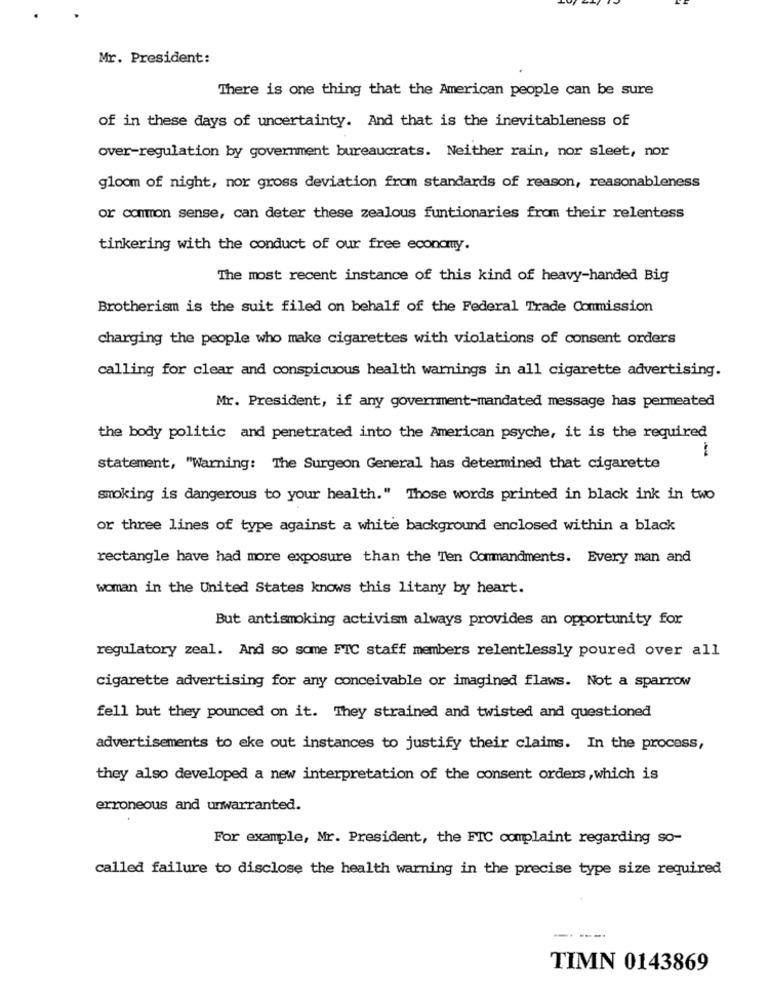
Mr. President:
There is one thing that the American people can be sure
of in these days of uncertainty. And that is the inevitableness of
over-regulation by government bureaucrats. Neither rain, nor sleet, nor
gloom of night, nor gross deviation from standards of reason, reasonableness
or common sense, can deter these zealous funtionaries from their relentess
tinkering with the conduct of our free economy.
The most recent instance of this kind of heavy-handed Big
Brotherism is the suit filed on behalf of the Federal Trade Commission
charging the people who make cigarettes with violations of consent orders
calling for clear and conspicuous health warnings in all cigarette advertising.
Mr. President, if any government-mandated message has permeated
the body politic and penetrated into the American psyche, it is the required
-
statement, "Warning: The Surgeon General has determined that cigarette
smoking is dangerous to your health." Those words printed in black ink in two
or three lines of type against a white background enclosed within a black
rectangle have had more exposure than the Ten Commandments. Every man and
woman in the United States knows this litany by heart.
But antismoking activism always provides an opportunity for
regulatory zeal. And so some FTC staff members relentlessly poured over all
cigarette advertising for any conceivable or imagined flaws. Not a sparrow
fell but they pounced on it. They strained and twisted and questioned
advertisements to eke out instances to justify their claims. In the process,
they also developed a new interpretation of the consent orders , which is
erroneous and unwarranted.
For example, Mr. President, the FIC complaint regarding so-
called failure to disclose the health warning in the precise type size required
TIMN 0143869